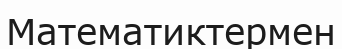
Математиктермен